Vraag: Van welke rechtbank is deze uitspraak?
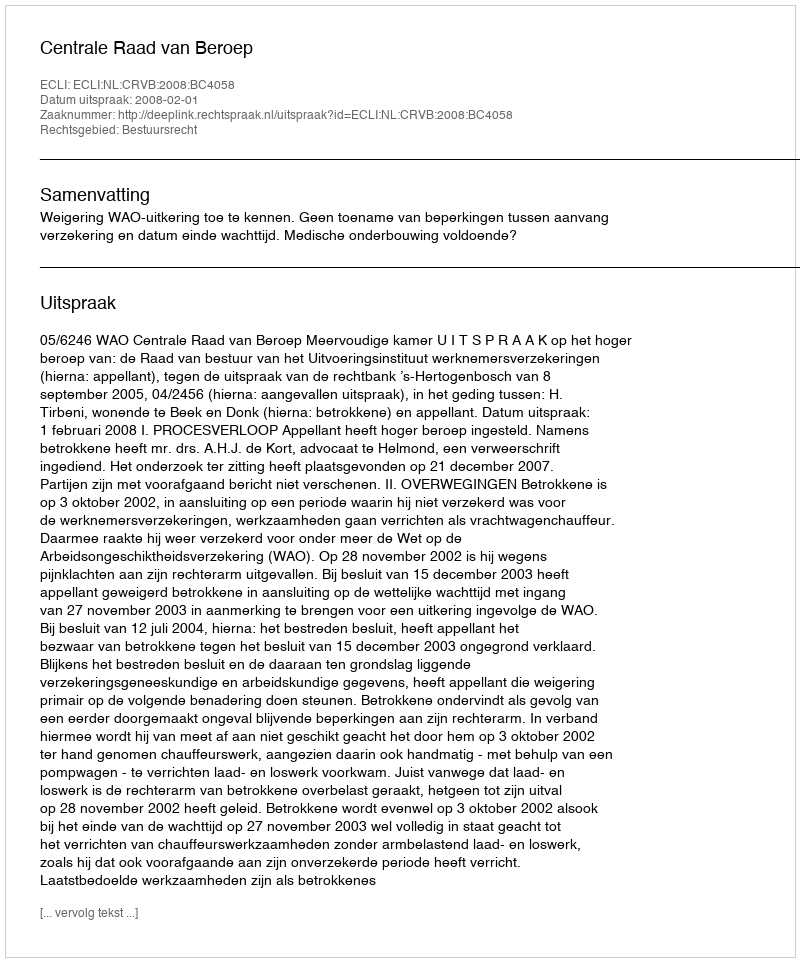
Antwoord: Centrale Raad van Beroep